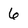
Character: 6